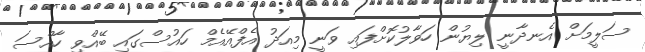
ސަލީމަށް އެނދާނީ ލިޔުން ހަވާލުކޮށްފައި ވަނީ މިއަދު އެފްއޭއެމް ހައުސްގައި ބޭއްވި ހާއްސަ